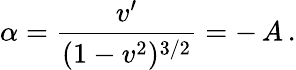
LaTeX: \alpha=\frac{v^{\prime}}{(1-v^{2})^{3/2}}=-\, A\, .